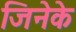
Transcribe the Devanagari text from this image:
जिनेके